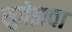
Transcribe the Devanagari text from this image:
सुवेझचा